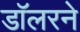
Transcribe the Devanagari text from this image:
डॉलरने